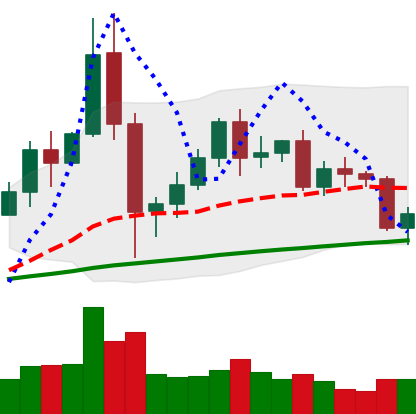
Ticker: BNB-USD
Chart end date: 2020-12-09
Forward return: 6.755%
Label: up_5_7